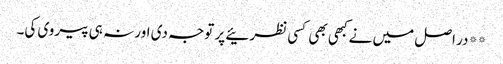
**در اصل میں نے کبھی بھی کسی نظرئیے پر توجہ دی اور نہ ہی پیروی کی۔